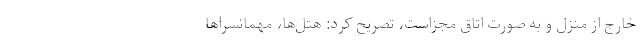
خارج از منزل و به صورت اتاق مجزاست، تصریح کرد: هتل‌ها، مهمانسراها